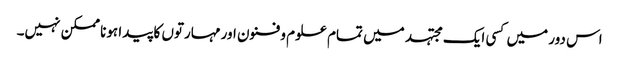
اس دور میں کسی ایک مجتہد میں تمام علوم و فنون اور مہارتوں کا پیدا ہونا ممکن نہیں۔